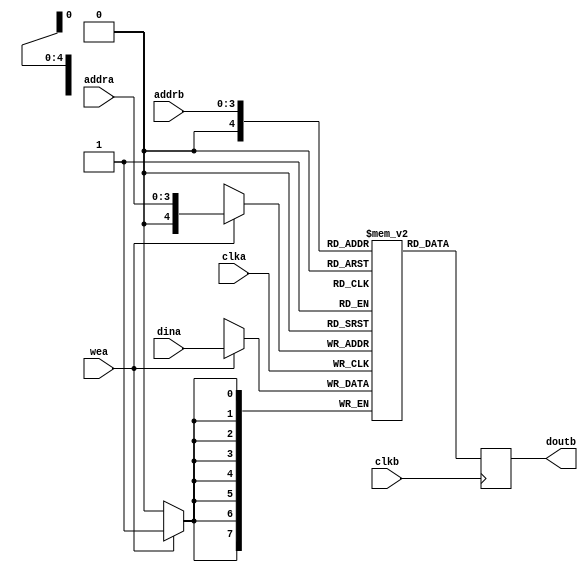
//library ieee;
//use ieee.std_logic_1164.all;
//use ieee.std_logic_unsigned.all;

//-----------------------------------------------------
// Design Name : ram_dp_sr_sw
// Function    : Synchronous read write RAM
// Coder       : Deepak Kumar Tala
//-----------------------------------------------------

`timescale 1ns/1ps

module blk_mem #(
  parameter DATA_WIDTH      = 8,
  parameter ADDRESS_WIDTH   = 4,
  parameter INC_NUM_PATTERN = 0
)(
  input                             clka,
  input                             wea,
  input   [ADDRESS_WIDTH - 1  :0]   addra,
  input   [DATA_WIDTH - 1:0]        dina,
  input                             clkb,
  input   [ADDRESS_WIDTH - 1:0]     addrb,
  output  [DATA_WIDTH - 1:0]        doutb
);

//Parameters
//Registers/Wires
reg [DATA_WIDTH - 1:0] mem [0:2 ** ADDRESS_WIDTH];
reg [DATA_WIDTH - 1:0] dout;

//Submodules
//Asynchronous Logic
assign doutb = dout;

//Synchronous Logic
//write only on the A side
`ifdef SIMULATION
integer i;
initial begin
  i = 0;
  for (i = 0; i < (2 ** ADDRESS_WIDTH); i = i + 1) begin
    if (INC_NUM_PATTERN) begin
        mem[i]  <=  i;
    end
    else begin
        //Zero Everything Out
        mem[i]  <=  0;
    end
  end
end
`endif

always @ (posedge clka)
begin
  if ( wea ) begin
     mem[addra] <= dina;
  end
end

//read only on the b side
always @ (posedge clkb)
begin
     dout <= mem[addrb];
end


endmodule